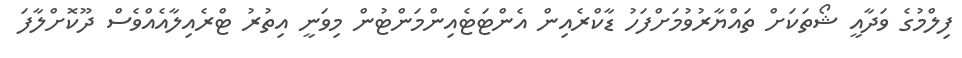
ފިލްމުގެ ވަދާއީ ޝޯތަކަށް ތައްޔާރުވުމަށްފަހު ޑާކްރެއިން އެންޓަޓެއިންމަންޓުން މިވަނީ އިތުރު ޓްރެއިލާއެއްވެސް ދޫކޮށްލާފަ